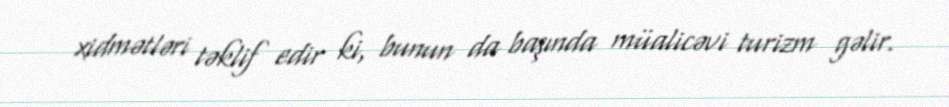
xidmətləri təklif edir ki, bunun da başında müalicəvi turizm gəlir.